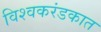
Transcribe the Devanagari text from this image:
विश्वकरंडकात